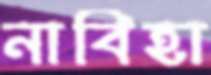
নাবিহা